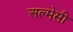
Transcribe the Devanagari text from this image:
अल्मेसी